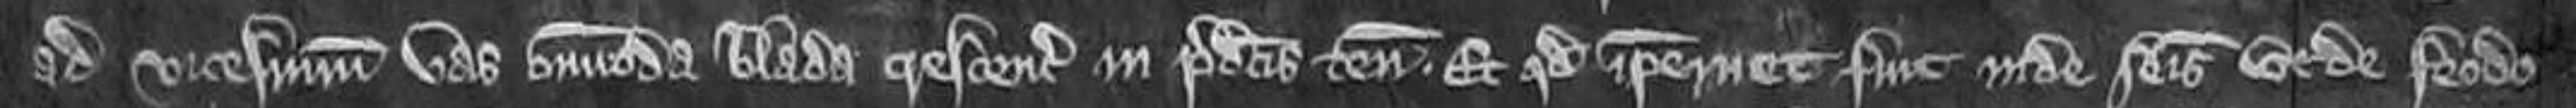
ad vicesimum vas omnimoda blada crescencia in predictis tenementis. Et quod ipsemet fuit inde seisitus ut de feodo